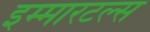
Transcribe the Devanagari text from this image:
इम्मारटल्स